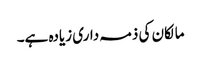
مالکان کی ذمہ داری زیادہ ہے۔